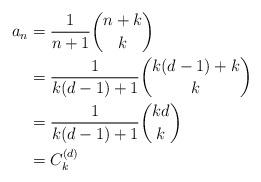
LaTeX: \begin{align*}a_n&=\frac{1}{n+1}\binom{n+k}{k}\\&=\frac{1}{k(d-1)+1}\binom{k(d-1)+k}{k}\\&=\frac{1}{k(d-1)+1}\binom{kd}{k}\\&=C_k^{(d)}\end{align*}